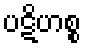
ပဋိဟစ္စ